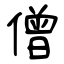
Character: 僧